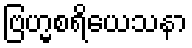
ဗြဟ္မစရိယေသနာ